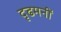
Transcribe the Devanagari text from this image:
दृढमनीं